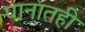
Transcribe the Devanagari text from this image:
पानातही